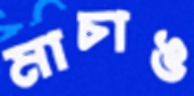
মাচাঙ